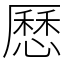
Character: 𠪾